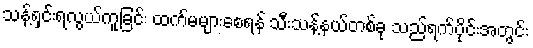
သန့်ရှင်းရလွယ်ကူခြင်း ထက်မများစေရန် သီးသန့်နယ်တစ်ခု သည်ရက်ပိုင်းအတွင်း